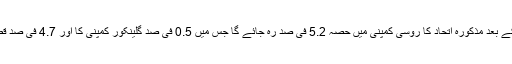
اس سمجھوتے پر عمل ہونے کے بعد مذکورہ اتحاد کا روسی کمپنی میں حصّہ 5.2 فی صد رہ جائے گا جس میں 0.5 فی صد گلینکور کمپنی کا اور 4.7 فی صد قطر انویسٹمنٹ اتھارٹی کا ہو گا۔